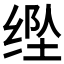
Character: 𱺥